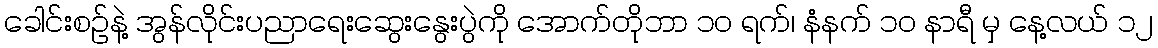
ခေါင်းစဉ်နဲ့ အွန်လိုင်းပညာရေးဆွေးနွေးပွဲကို အောက်တိုဘာ ၁၀ ရက်၊ နံနက် ၁၀ နာရီ မှ နေ့လယ် ၁၂